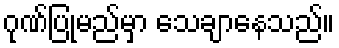
ဂုဏ်ပြုမည်မှာ သေချာနေသည်။